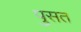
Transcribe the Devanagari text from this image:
पुसत